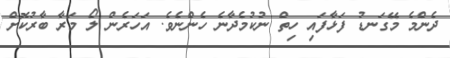
ދެންމެ މޭގަނޑު ފަޅާފައި ހިތް ނުކުމެދާނެ ހެންނެވެ. އަހަރެން ލޯ މަރާ ބާރުކޮށް